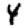
Digit: 4